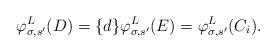
LaTeX: \begin{align*}\varphi^L_{\sigma, s'}(D) = \{d\} \varphi^L_{\sigma, s'}(E) = \varphi^L_{\sigma, s'}(C_i).\end{align*}